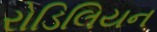
રોડિલિયન